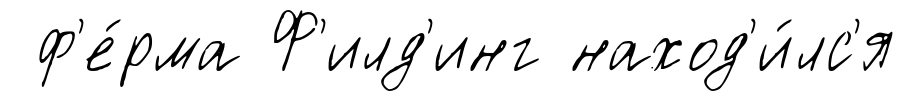
ф'е́рма Ф'илд'инг наход'и́лс'я